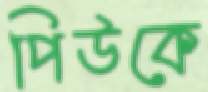
পিউকে